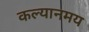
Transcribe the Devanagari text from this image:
कल्यानमय